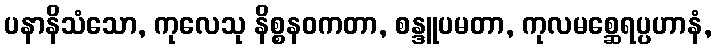
ပနာနိသံသော, ကုလေသု နိစ္စနဝကတာ, စန္ဒူပမတာ, ကုလမစ္ဆေရပ္ပဟာနံ,